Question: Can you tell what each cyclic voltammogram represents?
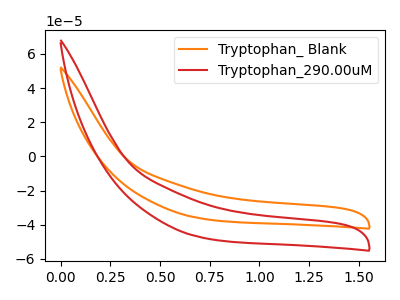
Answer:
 <answer>The orange curve is labeled "Tryptophan_ Blank". The red curve is labeled "Tryptophan_290.00uM".</answer>
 <eval></eval>